Annual report on the mental hospital in the Central Provinces and Berar (Nagpur) - 1927-1951
Year: 1927
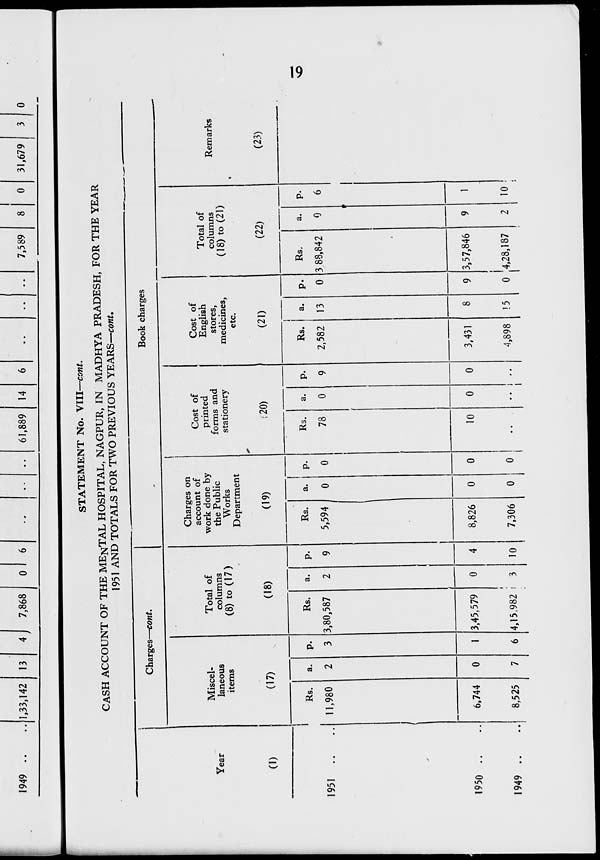
1949 ..
1,33,142 13
7,868
0
61,889 14
7,589
8
0
31,679
0
STATEMENT No. VIII—cont.
CASH ACCOUNT OF THE MENTAL HOSPITAL, NAGPUR, IN MADHYA PRADESH, FOR THE YEAR
1951 AND TOTALS FOR TWO PREVIOUS YEARS—cont.
Charges—cont.
Book charges
Year
(!)
Miscel-
laneous
items
(17)
Total of
columns
(8) to (17)
(18)
Charges on
account of
work done by
the Public
Works
Department
(19)
Cost of
printed
forms and
stationery
;20)
Cost of
English
stores,
medicines
etc.
(21)
»
Total of
columns
(18) to (21)
(22)
Remarks
(23)
■
1951
..
Rs.
11,980
a.
2
3
Rs.
3,80,587
a.
2
P.
9
4
10
Rs.
5,594
a.
0
0
0
1
P-
0
Rs.
78
a.
0
P.
9
Rs.
2,582
a.
13
8
!5
P.
0
Rs.
3.88,842
a.
0
i
9
2
P.
6
1
10
1950 ..
1949 ..
6,744
8,525
0
7
I
6
3,45,579
1
4,15,982 i
0
3
8,826
7,306
0
0
10
0
• • !
1
0
3,431
4,898
9 3,57,846
4,28,187
sO